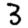
Digit: 3